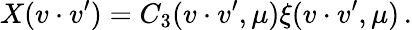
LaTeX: X(v\cdot v^{\prime})=C_{3}(v\cdot v^{\prime},\mu)\xi(v\cdot v^{\prime},\mu)\, .